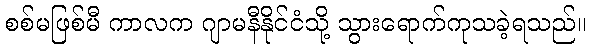
စစ်မဖြစ်မီ ကာလက ဂျာမနီနိုင်ငံသို့ သွားရောက်ကုသခဲ့ရသည်။